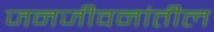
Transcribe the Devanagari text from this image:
जनजीवनांतील